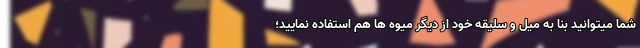
شما میتوانید بنا به میل و سلیقه خود از دیگر میوه ها هم استفاده نمایید؛